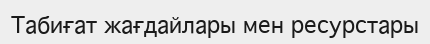
Табиғат жағдайлары мен ресурстары